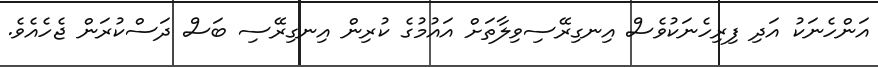
އަންހެނަކު އަދި ފިރިހެނަކުވެސް އިނގިރޭސިވިލާތަށް އައުމުގެ ކުރިން އިނގިރޭސި ބަސް ދަސްކުރަން ޖެހެއެވެ.